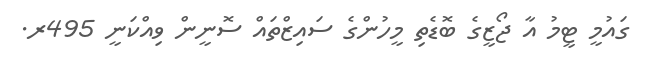
ގައުމީ ޓީމު އާ ޖޯޒީގެ ބޮޑެތި މީހުންގެ ސައިޒްތައް ސޮނީން ވިއްކަނީ 495ރ.